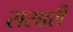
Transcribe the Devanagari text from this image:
ससारी